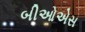
બીઓએસ